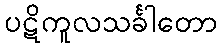
ပဋိကူလသင်္ခါတော